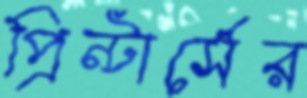
প্রিন্টার্সের